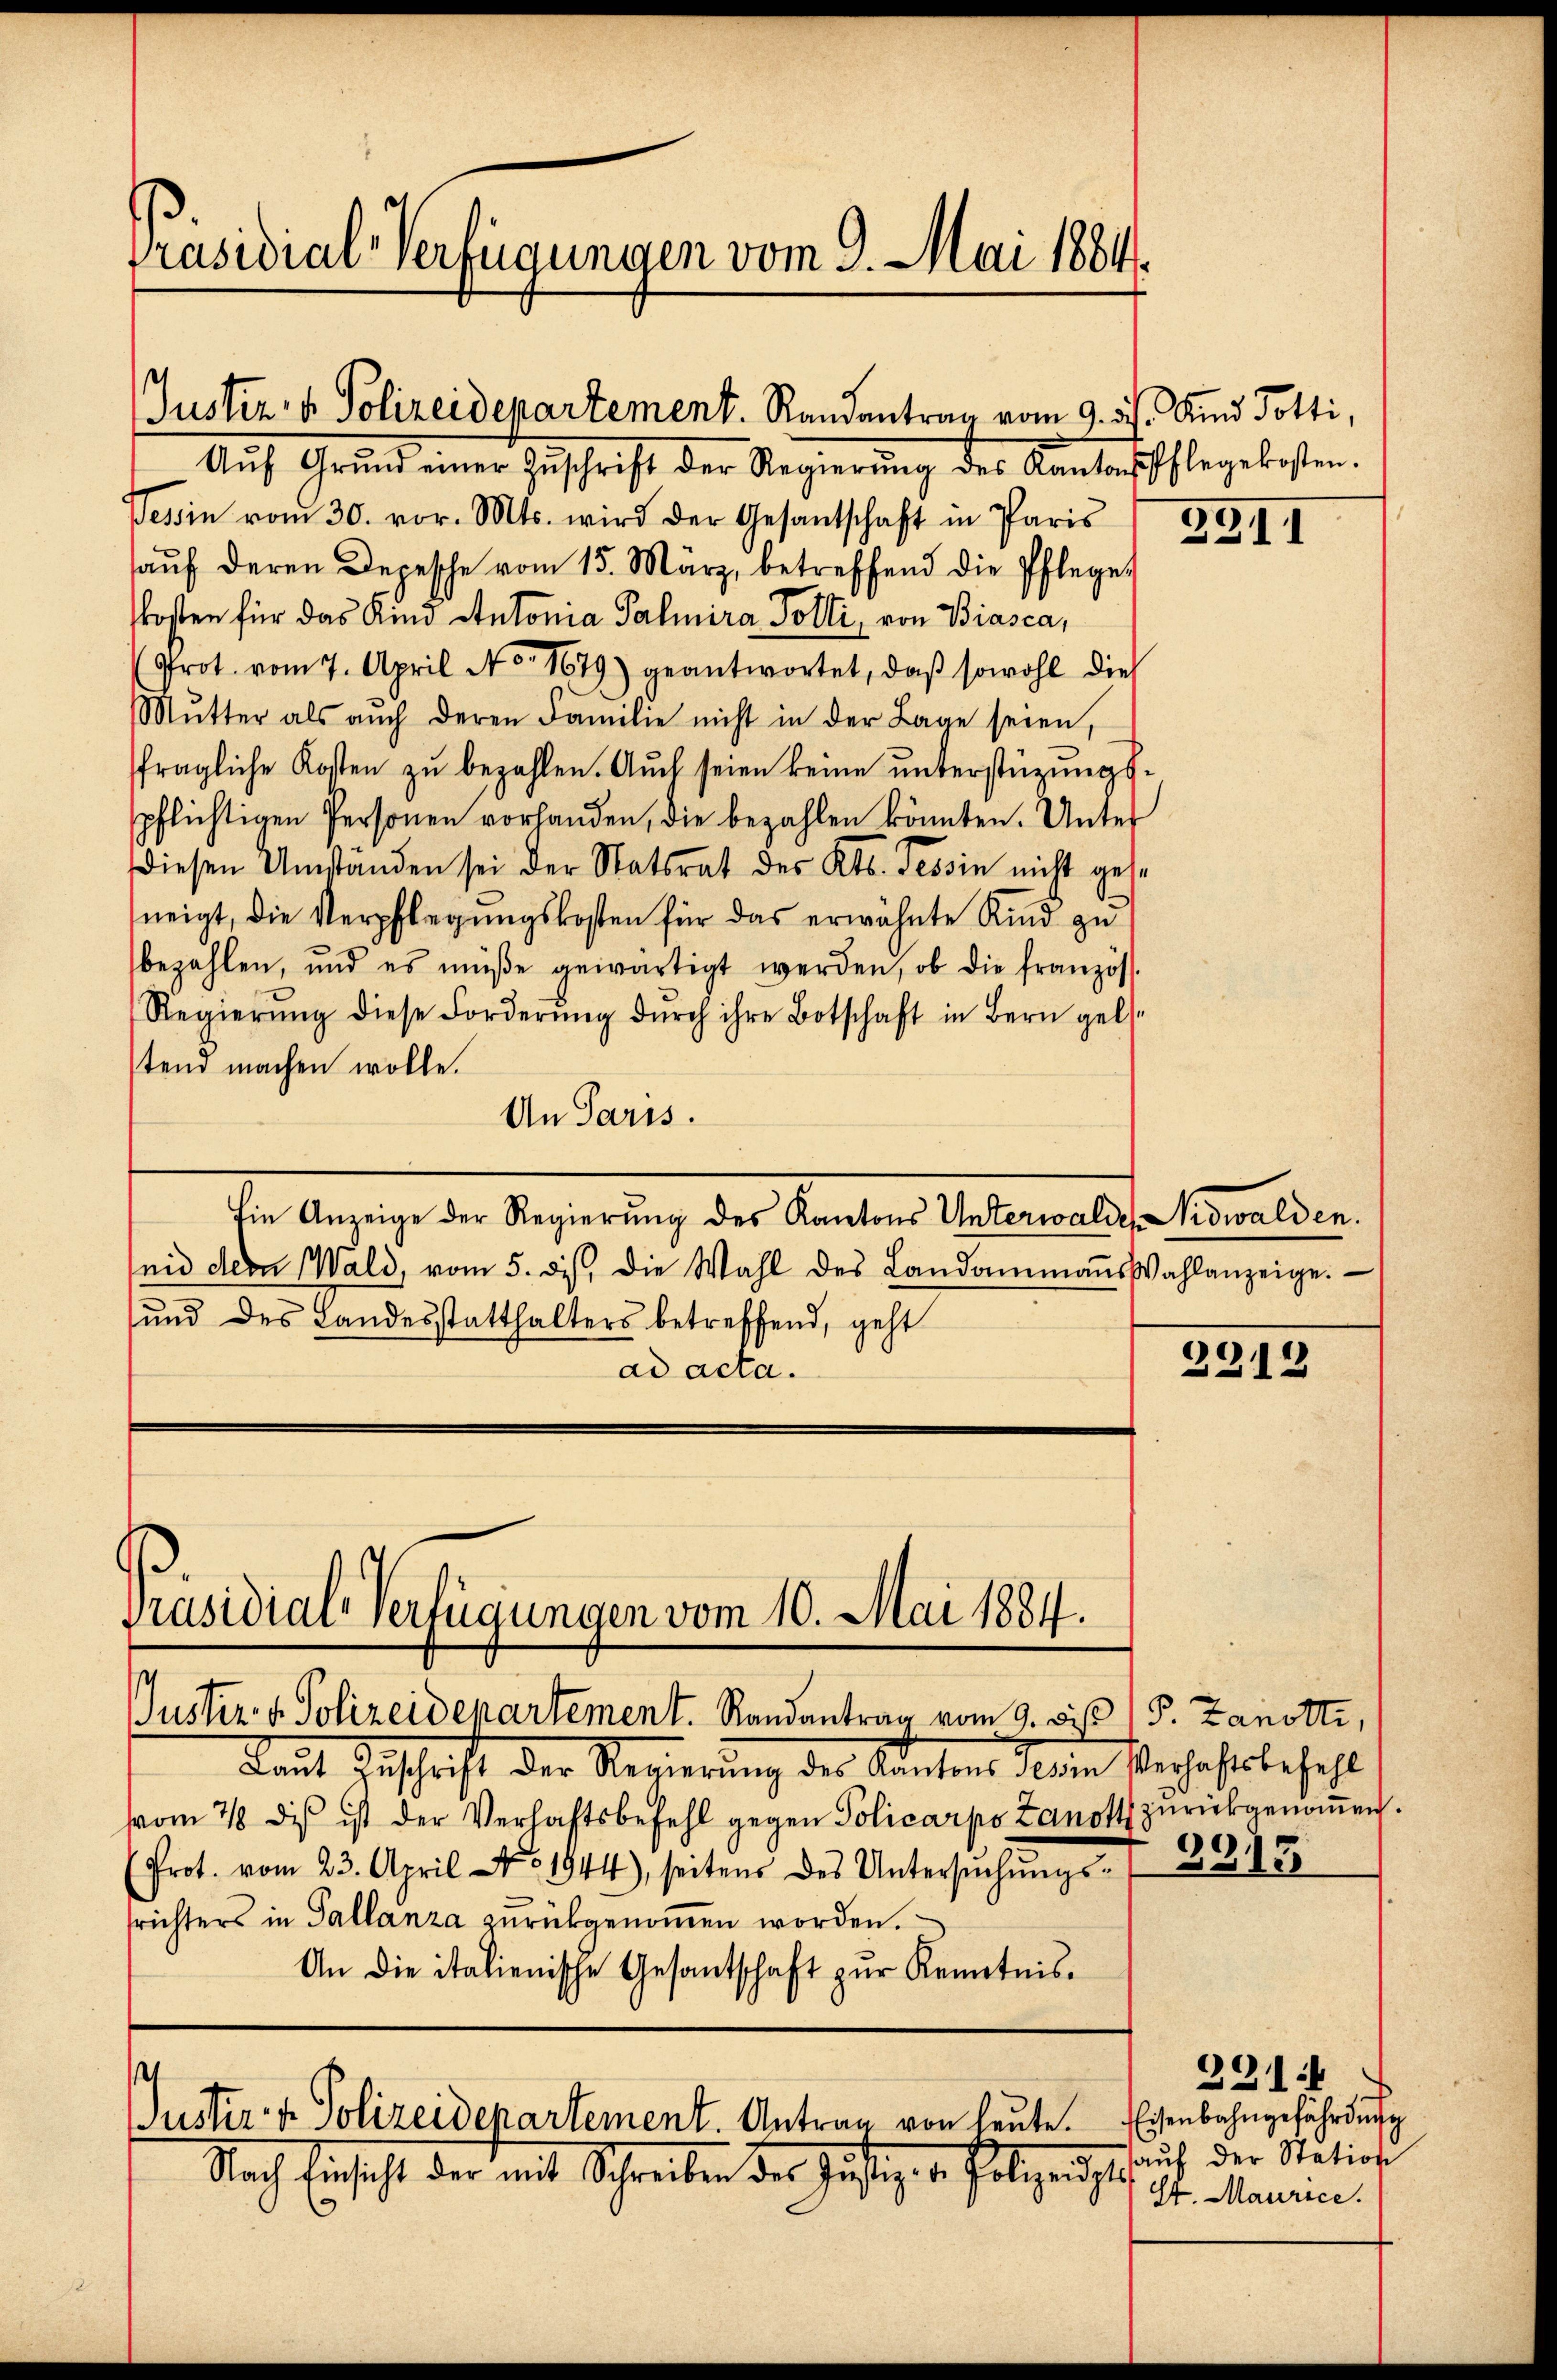
Präsidial-Verfügungen vom 9. Mai 1884.

Präsidial-Verfügungen vom 10. Mai 1884.

Aŭf Grŭnd einer Zŭschrift der Regierŭng des Kantonspflegekosten.
Tessin vom 30. vor. Mts. wird der Gesantschaft in Paris
aŭf deren Depesche vom 15. März, betreffend die Pfleget
kosten für das Kind Antonia Palmira Potti, von Biasca,
(Prot. vom 7. April No 1679) geantwortet, daβ sowohl dies
Mŭtter als aŭch deren Familie nicht in der Lage seien,
fragliche Kosten zŭ bezahlen. Auch seien keine unterstüzungspflichtigen Personen vorhanden, die bezahlen könnten. Unter
diesen Umständen sei der Statsrat des Kts. Tessin nicht gese
neigt, die Verpflegungskosten für das erwähnte Kind zu
bezahlen, und es müße gewärtigt werden, ob die französ.
Regierŭng diese Forderŭng dŭrch ihre Botschaft in Bern gel-
stend machen wolle.
An Paris.
Ein Anzeige der Regierung des Kantons Unterwaldes Nidwalden.
nid dem Wald, vom 5. ds. die Wahl des Landammanns Wahlanzeige.
und des Landesstatthalters betreffend, geht
ad acta.

Justiz- & Polizeidepartement. Randantrag vom 9. ds. Und Dotti,

Justiz- & Polizeidepartement. Antrag von heute.

Justiz- & Polizeidenartement. Randantrag vom 9. bis (P. Zanotti,
Laut Zuschrift der Regierung des Kantons des in Verhaftsbefehl
vom 78 des ist der Verhaftsbefehl gegen Policarpo Zanott zurückgenoṁen.
(Prot. vom 23. April No 1944), seitens des Untersŭchŭngs- 295
trichters in Gallanza zurückgenommen worden.
An die italienische Gesantschaft zŭr Kenntnis-

Nach Einsicht der mit Schreiben der Justiger Portigen hat,

2911

2212

291:1
Eisenbahngefährdung
auf der Station
H. Maurice.